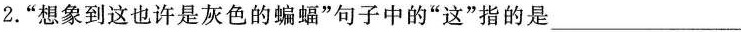
2.”想象到这也许是灰色的蝙蝠”句子中的”这”指的是___。